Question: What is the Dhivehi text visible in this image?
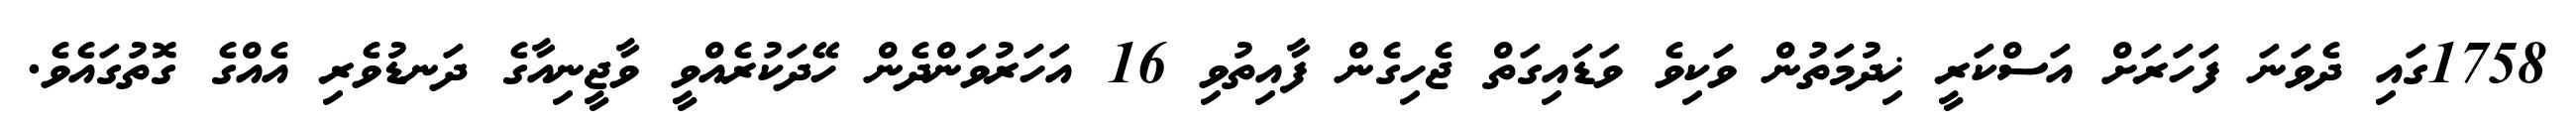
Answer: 1758ގައި ދެވަނަ ފަހަރަށް އަސްކަރީ ޚިދުމަތުން ވަކިވެ ވަޑައިގަތް ޖެހިގެން ފާއިތުވި 16 އަހަރުވަންދެން ހޭދަކުރެއްވީ ވާޖީނިއާގެ ދަނޑުވެރި އެއްގެ ގޮތުގައެވެ.